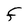
Character: F